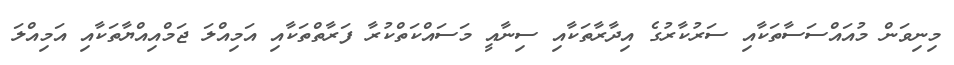
މިނިވަން މުއައްސަސާތަކާއި ސަރުކާރުގެ އިދާރާތަކާއި ސިނާއީ މަސައްކަތްކުރާ ފަރާތްތަކާއި އަމިއްލަ ޖަމްއިއްޔާތަކާއި އަމިއްލަ